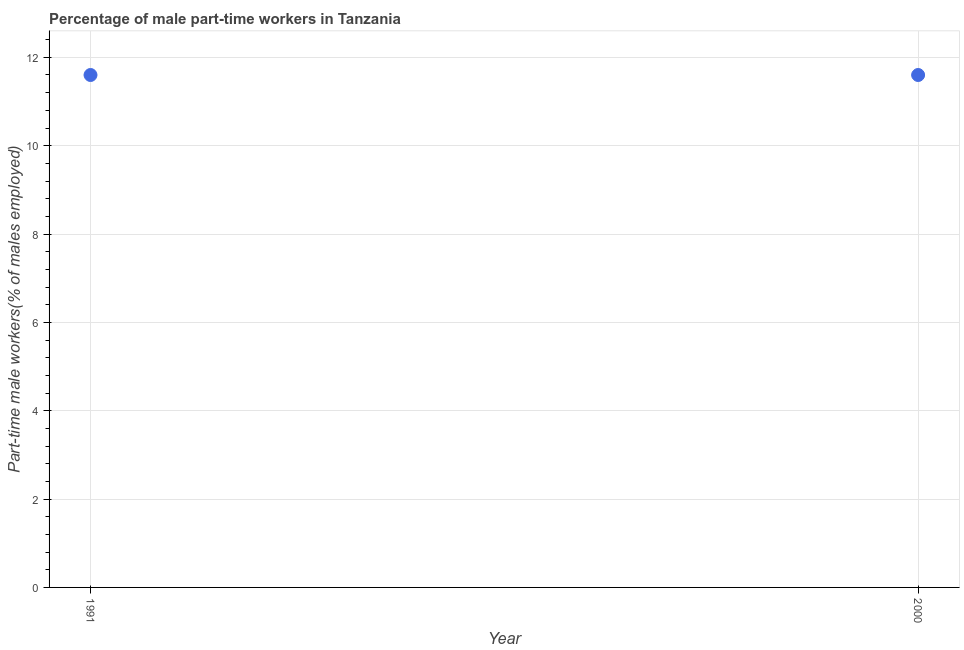
| Year | Part time employment |
 | --- | --- |
 | 1991 | 11.6 |
 | 2000 | 11.6 |